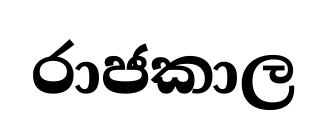
රාජකාල